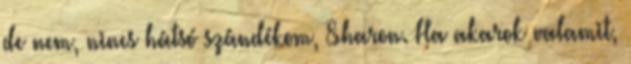
de nem, nincs hátsó szándékom, Sharon. Ha akarok valamit,